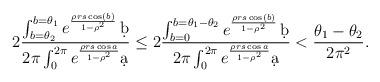
LaTeX: \begin{align*}2\frac{\int_{b=\theta_{2}}^{b=\theta_{1}}e^{\frac{\rho rs\cos(b)}{1-\rho^{2}}}\,\d b}{2\pi\int_{0}^{2\pi}e^{\frac{\rho rs\cos a}{1-\rho^{2}}}\d a}\leq2\frac{\int_{b=0}^{b=\theta_{1}-\theta_{2}}e^{\frac{\rho rs\cos(b)}{1-\rho^{2}}}\,\d b}{2\pi\int_{0}^{2\pi}e^{\frac{\rho rs\cos a}{1-\rho^{2}}}\d a}<\frac{\theta_{1}-\theta_{2}}{2\pi^{2}}.\end{align*}